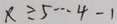
x \div 5 \cdots 4 - 1